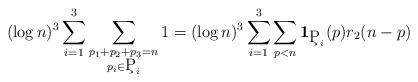
LaTeX: \begin{align*}(\log n)^3 \sum_{i=1}^3\sum_{\substack{p_1+p_2+p_3=n\\p_i\in \c{P}_i }}1=(\log n)^3 \sum_{i=1}^3\sum_{p<n} \mathbf{1}_{\c{P}_i}(p)r_2(n-p)\end{align*}